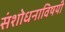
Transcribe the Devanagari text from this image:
संशोधनाविषयी